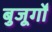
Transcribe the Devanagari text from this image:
बुजूर्गों